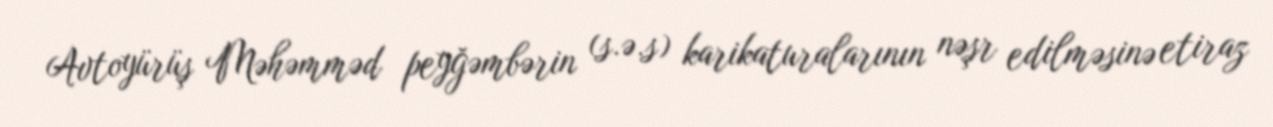
Avtoyürüş Məhəmməd peyğəmbərin (s.ə.s) karikaturalarının nəşr edilməsinə etiraz